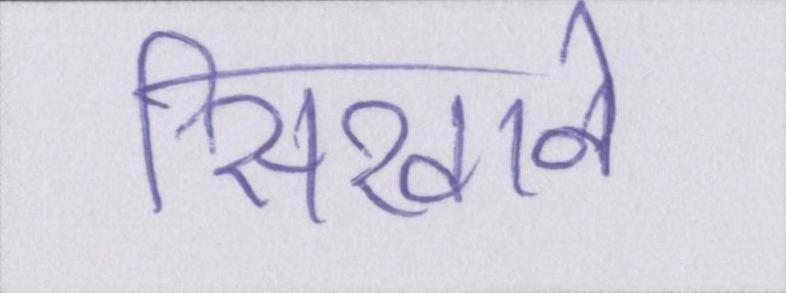
सिखाने